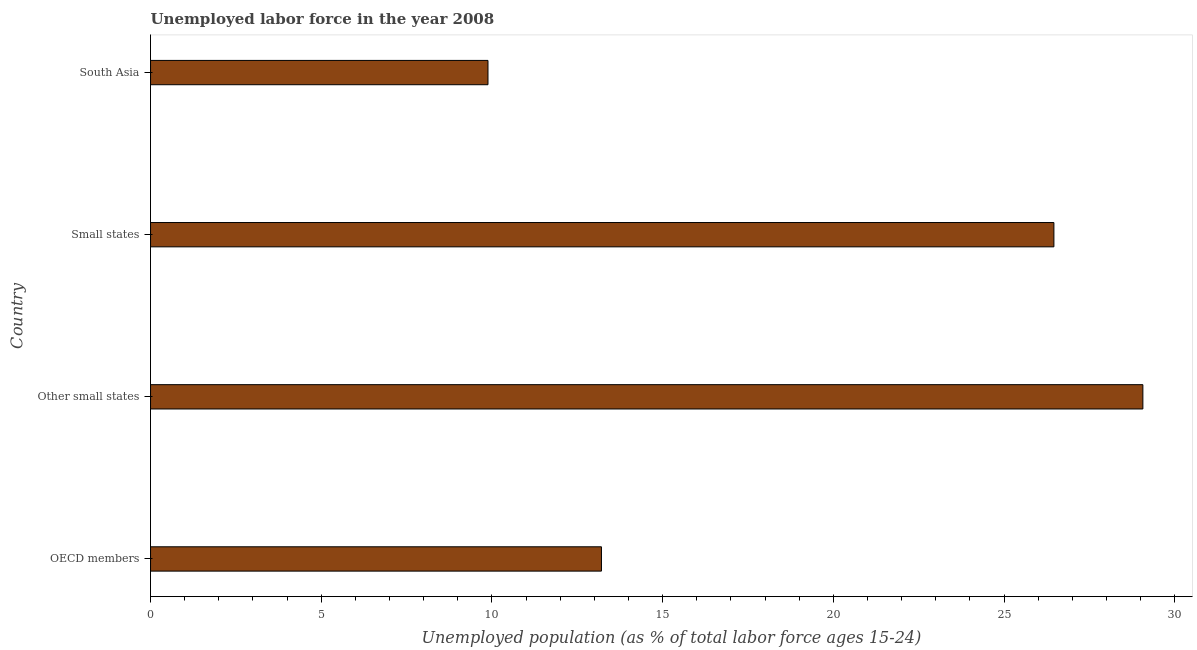
| Country | Unemployment |
 | --- | --- |
 | OECD members | 13.2 |
 | Other small states | 29.1 |
 | Small states | 26.5 |
 | South Asia | 9.88 |